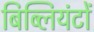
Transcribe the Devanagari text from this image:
बिब्लियंटों